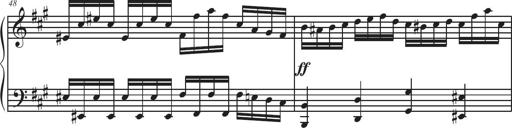
Title: Sonatina Espania
Composer: Jerald Franklin Archer
Key: Various